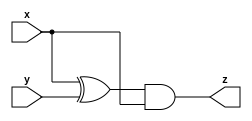
//Module_A
module A(input x, input y, output z);

    assign z = (x^y) & x;
	
endmodule

//Module_B
module B( input x, input y, output z );

    assign z= ~(x^y);
	
endmodule

//Main_Module
module top_module (input x, input y, output z);

	wire w0, w1, w2, w3, w4, w5;
    
    A IA1(x,y,w0);
    B IB1(x,y,w1);
    A IA2(x,y,w2);
    B IB2(x,y,w3);
    
    assign w4 = w0 | w1;
    assign w5 = w2 & w3;
    assign  z = w4 ^ w5;
	
endmodule